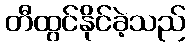
တီထွင်နိုင်ခဲ့သည်